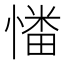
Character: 𢟷